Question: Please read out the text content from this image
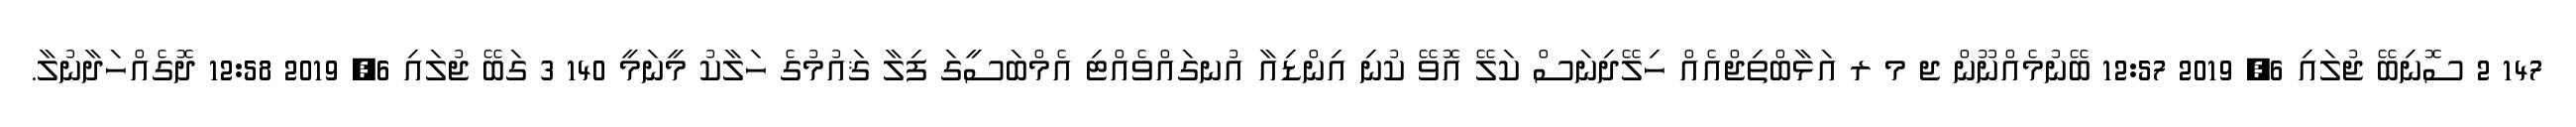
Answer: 147 2 ސޮނިބޭ ޖުލައި 6, 2019 12:57 ބޭނުމެއްނޫން ޖ މ ރ އަޅާބްތިޖްއެއް ހިލޭދިނަސް ކަލޭ އޮވޭ ކުނި އިންޑިއާ އުނގައްވެއްޓި އެމްބަސީގަ ފިލާ ޤައުމުގެ ހަލާކު މީނަމީ 140 3 ގަބޭ ޖުލައި 6, 2019 12:58 ދޮގެއްހަދާނުލާ.